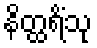
နိတ္ထရိံသု